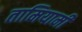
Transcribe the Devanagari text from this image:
तामियामी